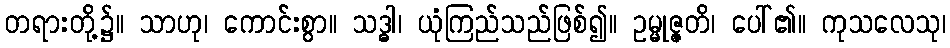
တရားတို့၌။ သာဟု၊ ကောင်းစွာ။ သဒ္ဓါ၊ ယုံကြည်သည်ဖြစ်၍။ ဥမ္မုဇ္ဇတိ၊ ပေါ်၏။ ကုသလေသု၊